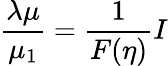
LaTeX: {\frac{\lambda\mu}{\mu_{1}}}={\frac{1}{F(\eta)}}I